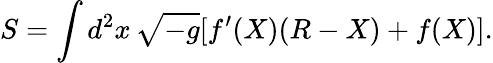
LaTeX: S=\int d^{2}x\, \sqrt{-g}[f^{\prime}(X)(R-X)+f(X)].